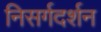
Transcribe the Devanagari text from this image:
निसर्गदर्शन